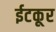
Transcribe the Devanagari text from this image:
ईटकूर